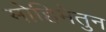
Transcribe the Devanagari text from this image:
मोहिमेतुन